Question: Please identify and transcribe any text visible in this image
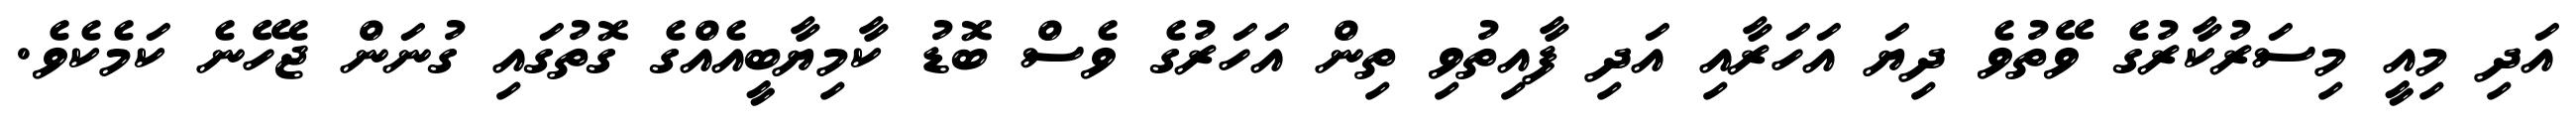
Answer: އަދި މިއީ މިސަރުކާރުގެ ވޭތުވެ ދިޔަ އަހަރާއި އަދި ފާއިތުވި ތިން އަހަރުގެ ވެސް ބޮޑު ކާމިޔާބީއެއްގެ ގޮތުގައި ގުނަން ޖެހޭނެ ކަމެކެވެ.